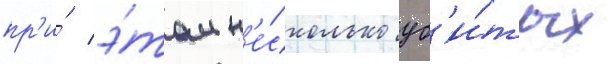
пр'и́ э́том н'е́сколько уб'и́тых